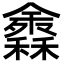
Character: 𥣠